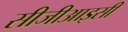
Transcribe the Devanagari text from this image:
सीजीआइसी